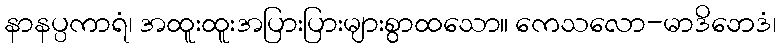
နာနပ္ပကာရံ၊ အထူးထူးအပြားပြားများစွာထသော။ ကေသလော-မာဒိဘေဒံ၊